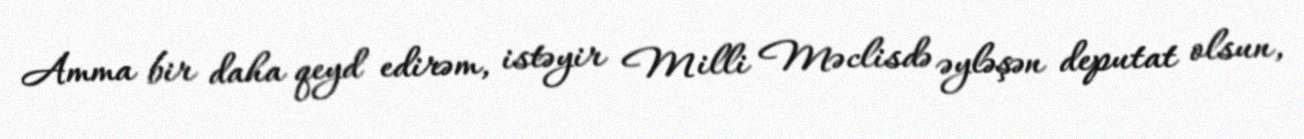
Amma bir daha qeyd edirəm, istəyir Milli Məclisdə əyləşən deputat olsun,